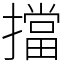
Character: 擋